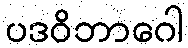
ပဒဝိဘာဂေါ